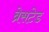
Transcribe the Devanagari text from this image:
ब्रेसटेड